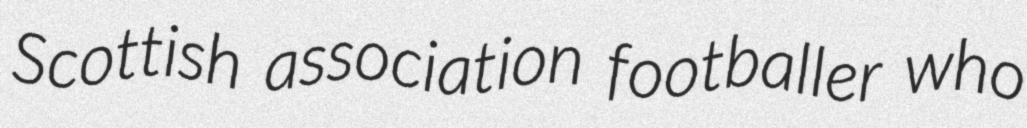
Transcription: Scottish association footballer who